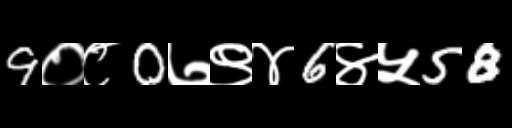
Text: 9०८0७९४6४५58